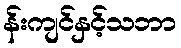
န်းကျင်နှင့်သဘာ